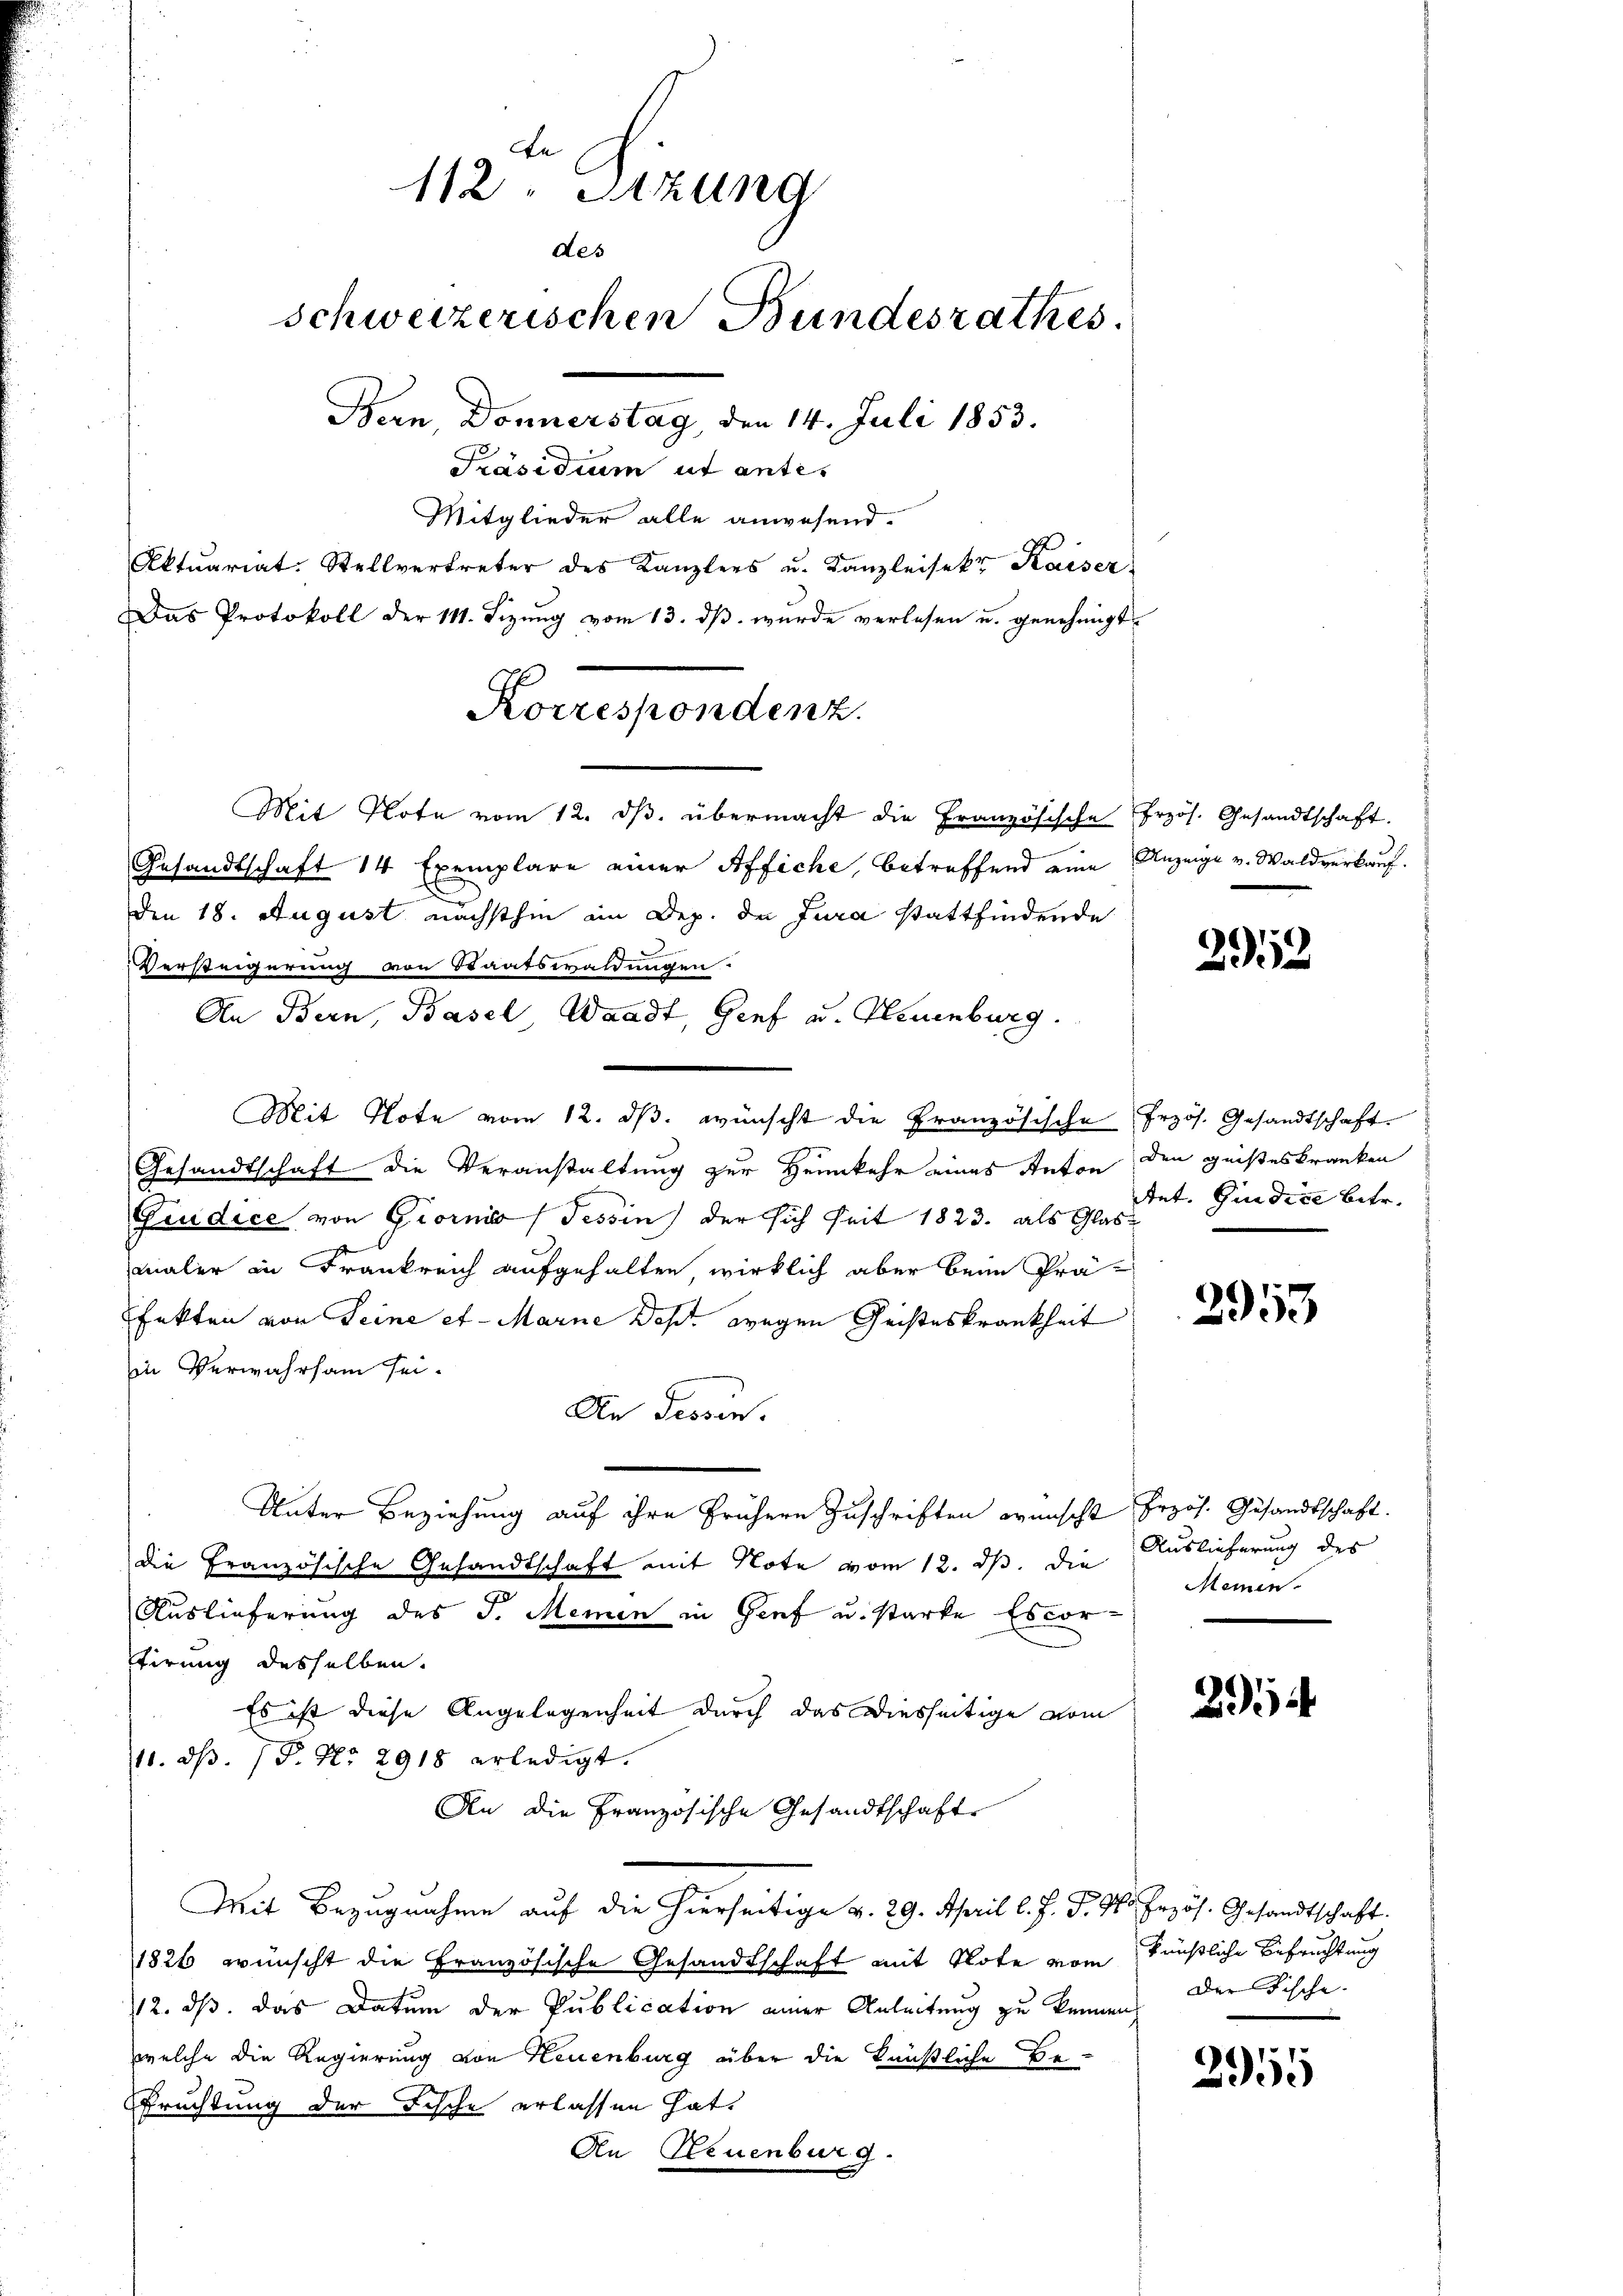
de
112 Sitzung
des
schweizerischen Bundesrathes.
Bern, Donnerstag, den 14. Juli 1853.
Präsidium ut antis
Mitglieder alle anwesend.

Aktuariat-Stellvertreter des Kanzlers u. Kanzleisekr. Kaiser
Mit Note vom 12. dβ übermacht die Französische frzös. Gesandtschaft.
Gesandtschaft 14 Exemplare einer Affiche, betreffend eine Anzeige v. Waldverkauf.
Den 18. August nächsthin im Dep. de Jura stattfindende
u
Versteigerung von Staatswaldungen.
Mit Note vom 12. dβ. wünscht die Französische frzös. Gesandtschaft.
Gesandtschaft die Veranstaltung zur Heimkehr eines Anton den geisteskranken
e
Fiudice von Giornić, Tessin der sich seit 1823. als Glasmaler in Frankreich aufgehalten, wirklich aber beim Präfekten von Seine et - Marne Des wegen Geisteskrankheit
in Verwahrsam sei.
Die Tessin.
Unter Beziehung auf ihre frühern Zuschriften wünscht frzös. Gesandtschaft.
die Französische Gesandtschaft mit Note vom 12. ds. die
Auslieferung des J. Meinen in Genf u. starke Escor-
tirung desselben.
Es ist diese Angelegenheit durch das Diesseitige vom
11. ds. (T. No. 2918 erledigt.
An die Französische Gesandtschaft
Mit Bezugnahme auf die hierseitige v. 29. April l. J. P. 91. Erzös. Gesandtschaft.
1826 wünscht die Französische Gesandtschaft mit Note vom künstliche Befruchtung
12. ds. das Datum der Publication einer Anleitung zu kennen. Der Fische.
welche die Regierung von Neuenburg über die künstliche Be¬
Prechtung der Fische erlassen hat,
An Neuenburg.

Das Protokoll der 111. Sizung vom 13. ds. wurde verlesen u. genehmigt.
Korrespondenz.

An Bern, Basel, Waadt, Genf u. Neuenburg.

292

Ant. Giudice betr.

2953

Auslieferung des
Meinen.

2

3955